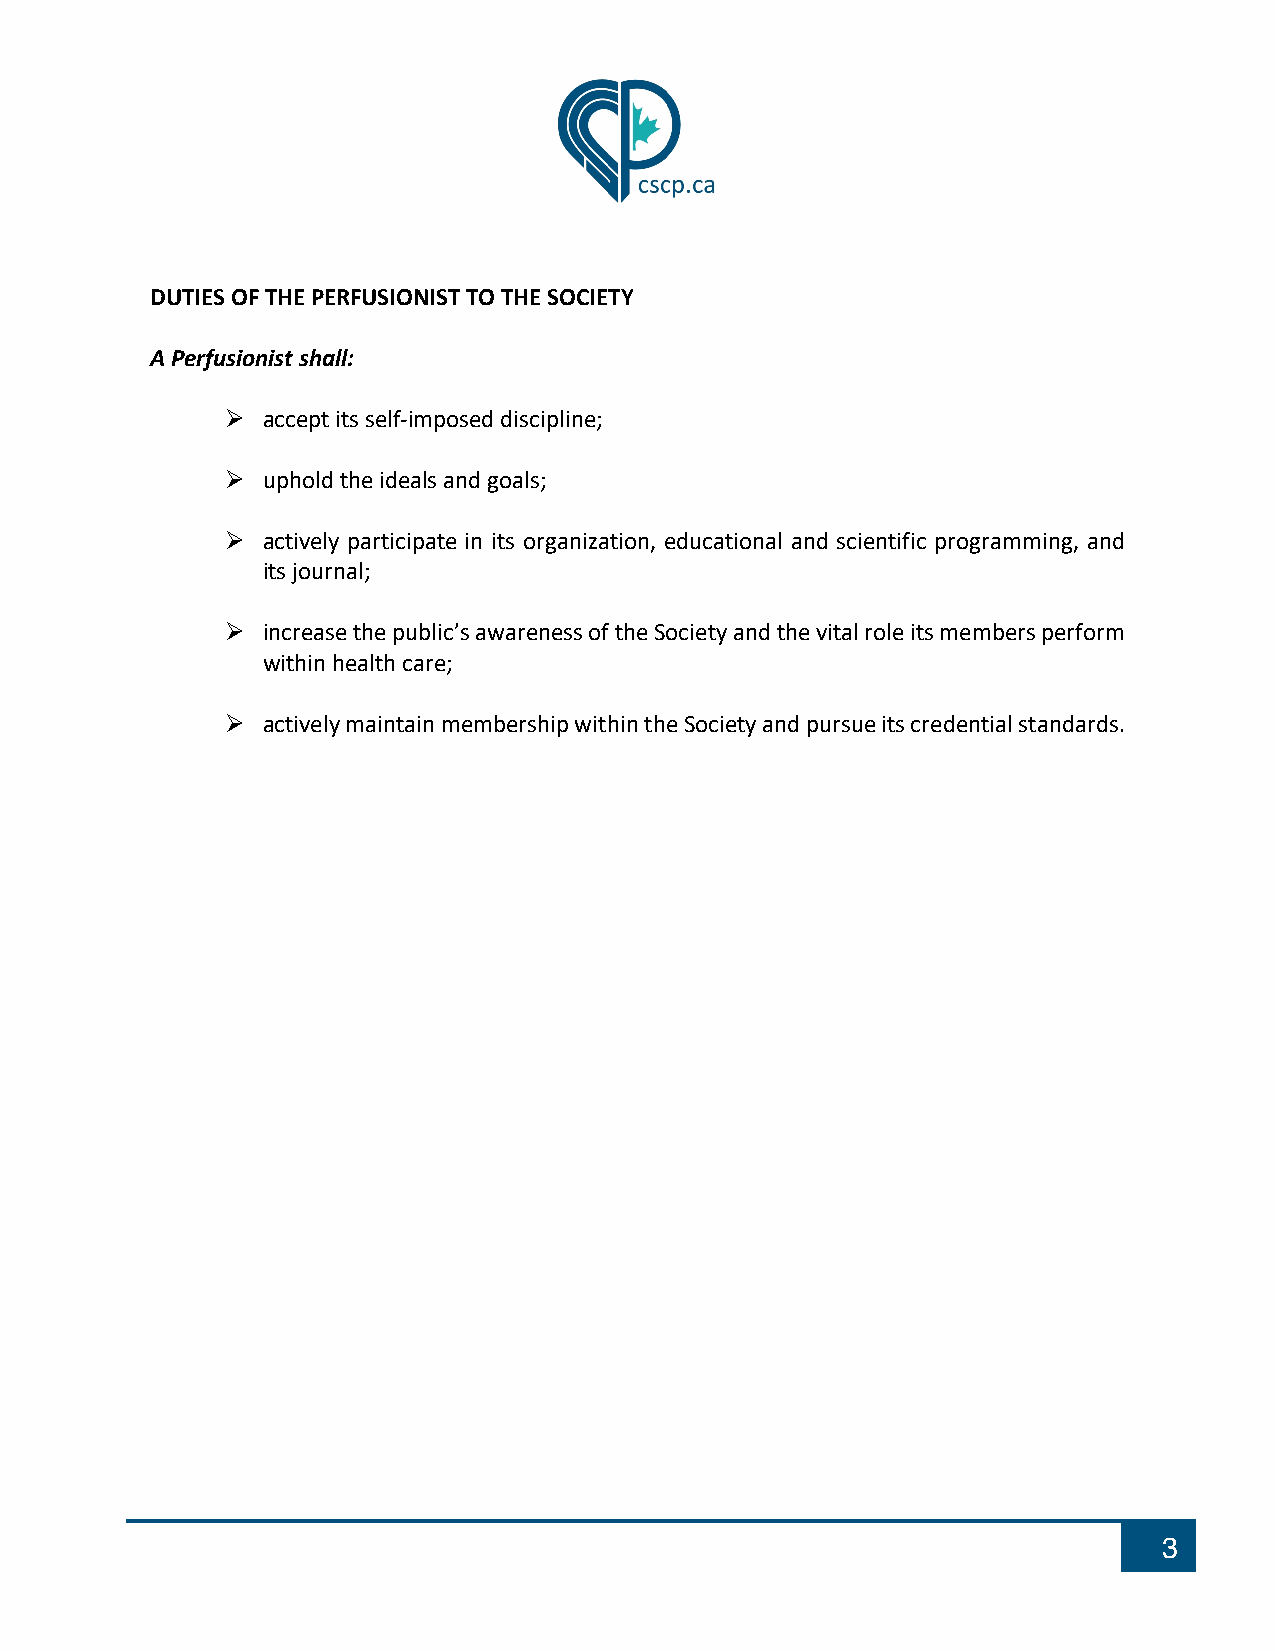
DUTIES OF THE PERFUSIONIST TO THE SOCIETY
 A Perfusionist shall:
 Ø accept its self-imposed discipline;
 Ø uphold the ideals and goals;
 Ø actively participate in its organization, educational and scientific programming, and
 its journal;
 Ø increase the public’s awareness of the Society and the vital role its members perform
 within health care;
 Ø actively maintain membership within the Society and pursue its credential standards.
 3